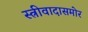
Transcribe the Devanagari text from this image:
स्त्रीवादासमोर